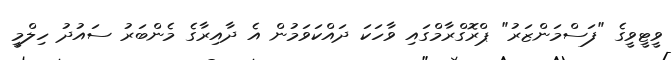
ވީޓީވީގެ "ފަސްމަންޒަރު" ޕްރޮގްރާމްގައި ވާހަކަ ދައްކަވަމުން އެ ދާއިރާގެ މެންބަރު ސައުދު ހިލްމީ